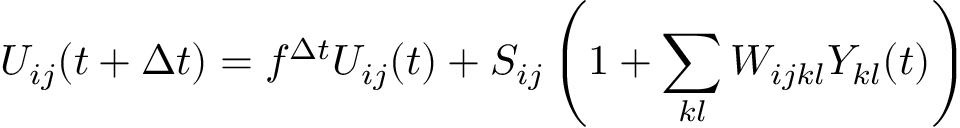
U _ { i j } ( t + \Delta t ) = f ^ { \Delta t } U _ { i j } ( t ) + S _ { i j } \left( 1 + \sum _ { k l } W _ { i j k l } Y _ { k l } ( t ) \right)